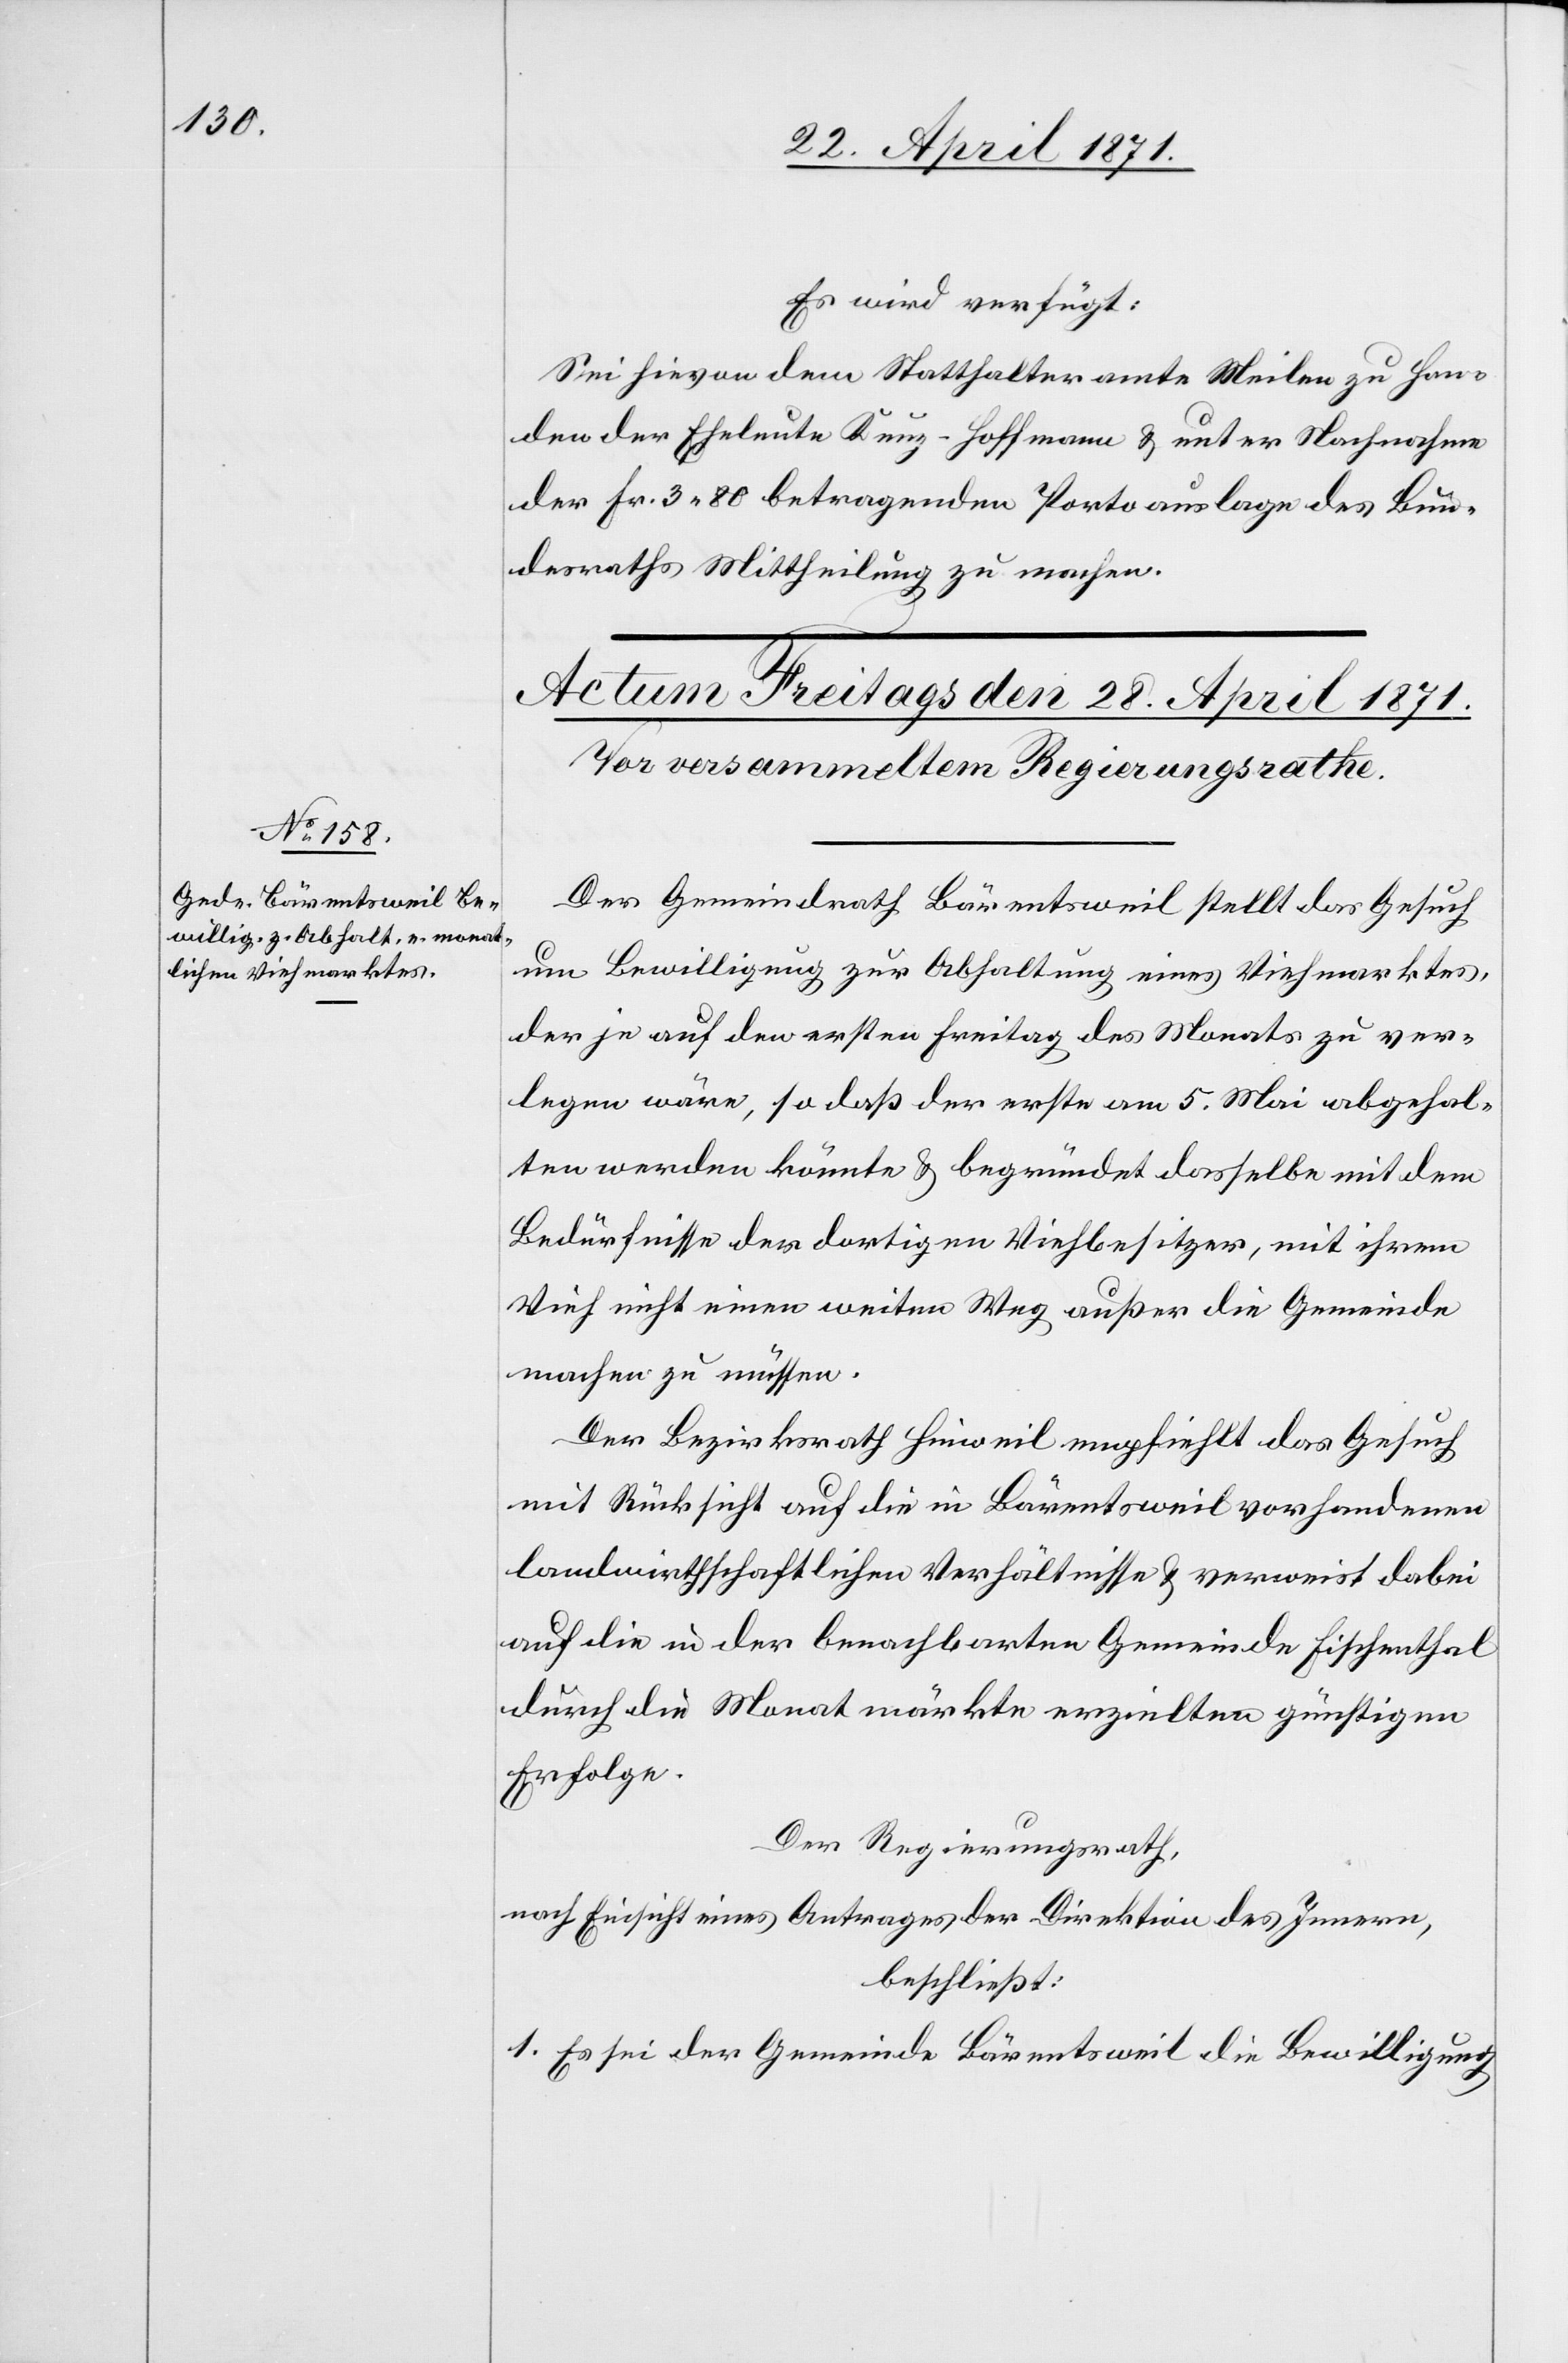
Es wird verfügt:
Sei hievon dem Statthalteramt Meilen zu Han¬
den der Eheleute Kunz-Hoffmann u. unter Nachnahme
der Fr. 3.80 betragenden Portoauslage des Bun¬
desraths Mittheilung zu machen.
Der Gemeindrath Bärentsweil stellt das Gesuch
um Bewilligung zur Abhaltung eines Viehmarktes,
der je auf den ersten Freitag des Monats zu ver¬
legen wäre, so daß der erste am 5. Mai abgehal¬
ten werden könnte u. begründet dasselbe mit dem
Bedürfnisse der dortigen Viehbesitzer, mit ihrem
Vieh nicht einen weiten Weg außer die Gemeinde
machen zu müssen.
Der Bezirksrath Hinweil empfiehlt das Gesuch
mit Rücksicht auf die in Bärentsweil vorhandenen
landwirthschaftlichen Verhältnisse u. verweist dabei
auf die in der benachbarten Gemeinde Fischenthal
durch die Monatmärkte erziehlten günstigen
Erfolge.
Der Regierungsrath,
nach Einsicht eines Antrages der Direktion des Innern,
beschließt:
1. Es sei der Gemeinde Bärentsweil die Bewilligung